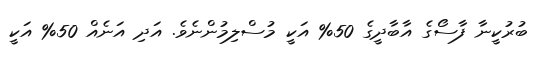
ބުރުކީނާ ފާސޯގެ އާބާދީގެ 50% އަކީ މުސްލިމުންނެވެ. އަދި އަނެއް 50% އަކީ